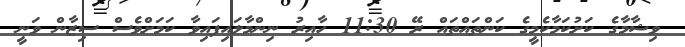
ވިޝާމާގެ ކަށުކަމާކެމީގެ ކަންތައްތައް ރޭ 11:30 ހާއިރު ނިންމާލައިފަައިވާ ކަމަށްވެސް ސިޒާން ވަނީ